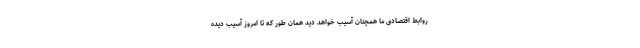
روابط اقتصادی ما همچنان آسیب خواهد دید همان طور که تا امروز آسیب دیده